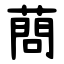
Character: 蔄